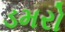
ડમરો